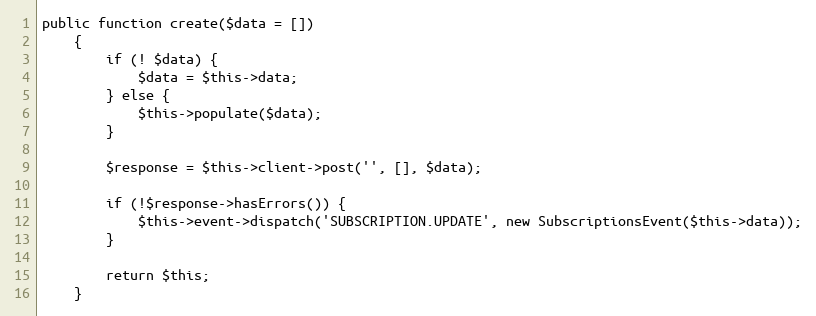
Language: PHP
public function create($data = [])
    {
        if (! $data) {
            $data = $this->data;
        } else {
            $this->populate($data);
        }

        $response = $this->client->post('', [], $data);

        if (!$response->hasErrors()) {
            $this->event->dispatch('SUBSCRIPTION.UPDATE', new SubscriptionsEvent($this->data));
        }

        return $this;
    }